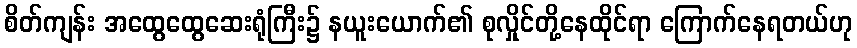
စိတ်ကျန်း အထွေထွေဆေးရုံကြီး၌ နယူးယောက်၏ စုလှိုင်တို့နေထိုင်ရာ ကြောက်နေရတယ်ဟု